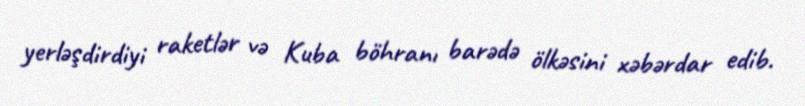
yerləşdirdiyi raketlər və Kuba böhranı barədə ölkəsini xəbərdar edib.